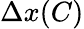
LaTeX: \Delta x(C)